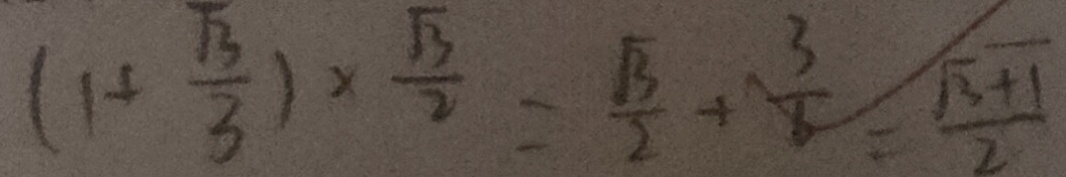
( 1 + \frac { \sqrt { 3 } } { 3 } ) \times \frac { \sqrt { 3 } } { 2 } = \frac { \sqrt { 3 } } { 2 } + \frac { 3 } { 6 } = \frac { \sqrt { 3 } + 1 } { 2 }